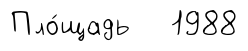
Пло́щадь 1988